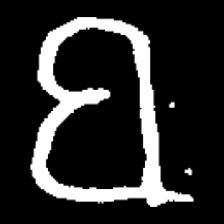
Pyu character \u2014 Myanmar letter: ဗ (romanized: ba)